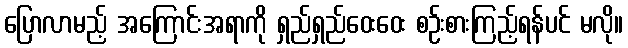
ပြောလာမည့် အကြောင်းအရာကို ရှည်ရှည်ဝေးဝေး စဉ်းစားကြည့်ရန်ပင် မလို။